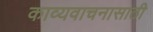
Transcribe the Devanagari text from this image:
काव्यवाचनासाठी